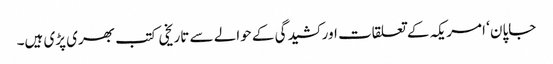
جاپان ‘ امریکہ کے تعلقات اور کشیدگی کے حوالے سے تاریخی کتب بھری پڑی ہیں۔